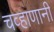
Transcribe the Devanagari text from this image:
चव्हाणानी